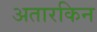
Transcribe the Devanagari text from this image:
अतारकिन